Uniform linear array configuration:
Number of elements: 8
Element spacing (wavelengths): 0.25
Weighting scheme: hann
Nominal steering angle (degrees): -15
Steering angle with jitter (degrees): -13.382
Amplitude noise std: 0.05
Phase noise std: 0.05

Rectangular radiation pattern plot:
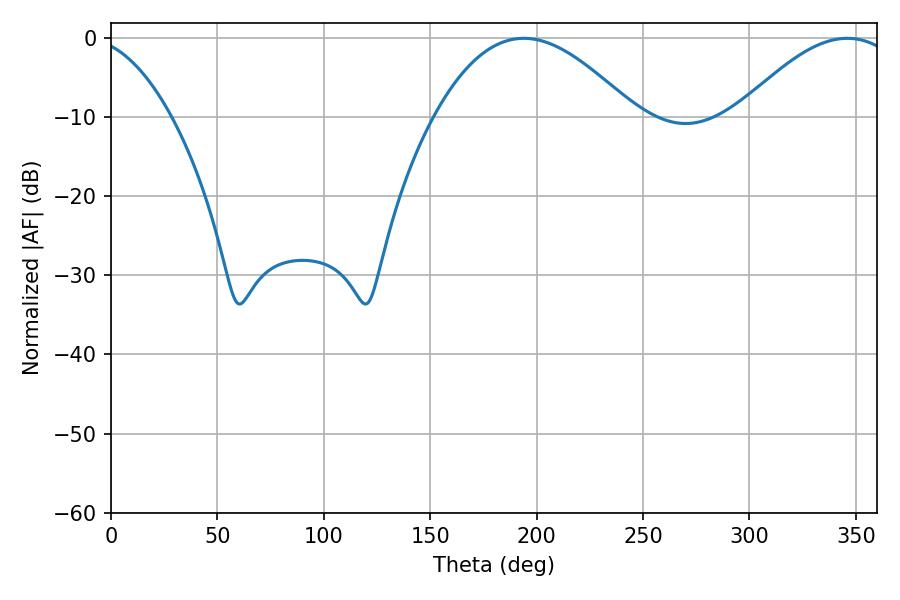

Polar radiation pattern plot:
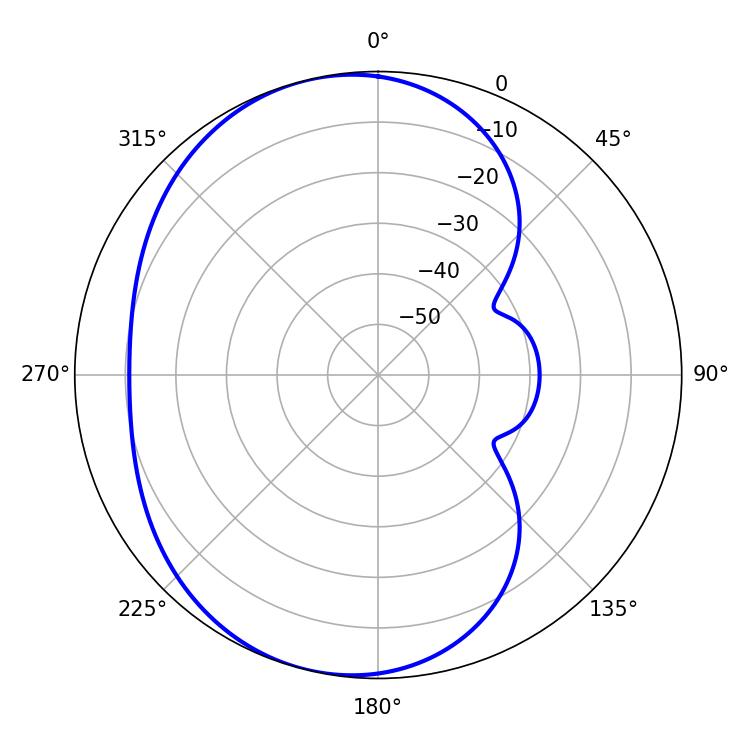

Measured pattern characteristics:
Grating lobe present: FALSE
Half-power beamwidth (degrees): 51.12
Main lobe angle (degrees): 194.04